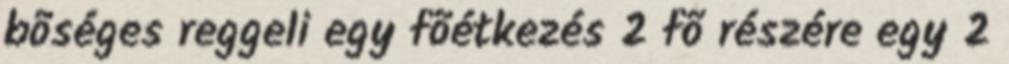
bõséges reggeli egy fõétkezés 2 fõ részére egy 2